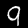
Label: 9